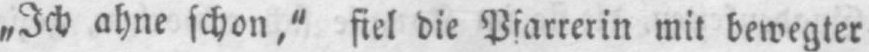
mit bewegter